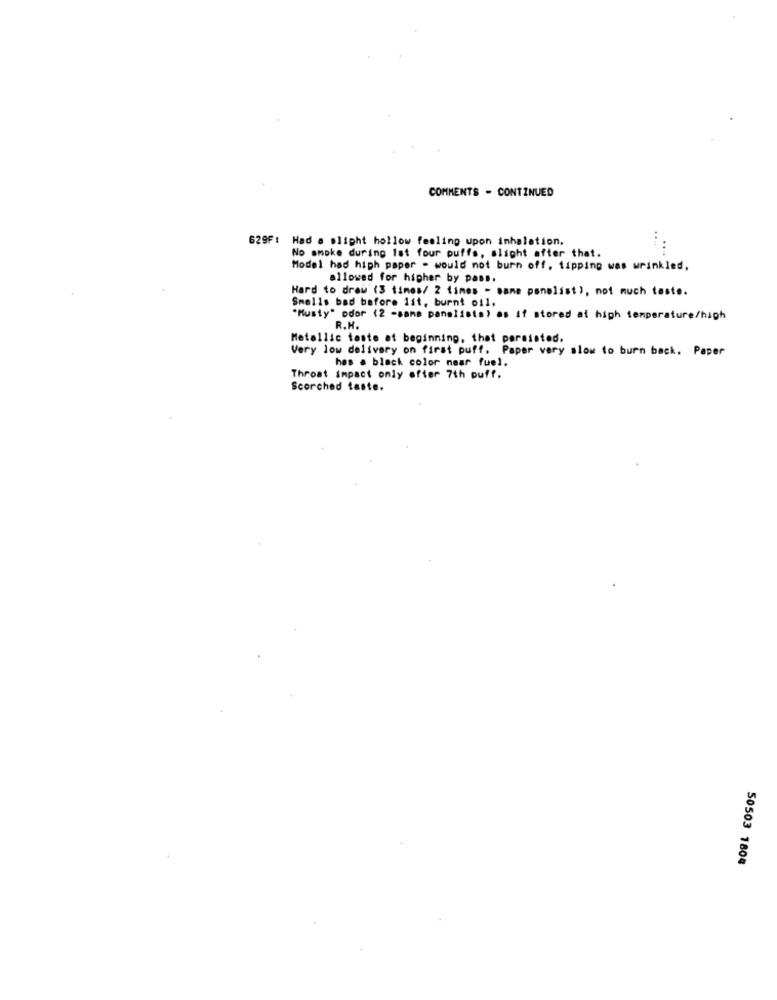
COMMENTS - CONTINUED
629F1 Had a slipht hollow feeling upon inhalation.
No smoke during Ist four puffs, slight after that.
Model had high paper - would not burn off, tipping was wrinkled.
allowed for higher by pass.
Hard to draw (3 times/ 2 times - same ponolist), not much taste.
Smells bad before lit, burnt oil.
"Musty" odor (2 -same panelists) as If stored at high temperature/high
R.H.
Metallic teste at beginning, that persisted.
Very low delivery on first puff. Paper very slow to burn back. Paper
hes . black color naar fuel.
Throat impact only offer 7th puff.
Scorched taste.
50503 1804